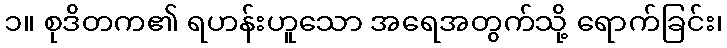
၁။ စုဒိတက၏ ရဟန်းဟူသော အရေအတွက်သို့ ရောက်ခြင်း၊